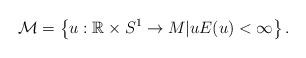
LaTeX: \begin{align*}\mathcal{M}=\left\{u:\mathbb{R}\times S^1 \to M| u E(u)<\infty\right\} .\end{align*}